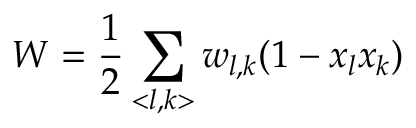
W = \frac { 1 } { 2 } \sum _ { < l , k > } w _ { l , k } ( 1 - x _ { l } x _ { k } )